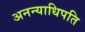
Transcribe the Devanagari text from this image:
अनन्याधिपति